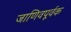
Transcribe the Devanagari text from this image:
जाणिवपूर्वक